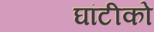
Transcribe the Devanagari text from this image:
घांटीको